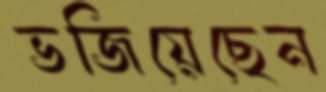
ভজিয়েছেন